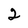
Character: 2